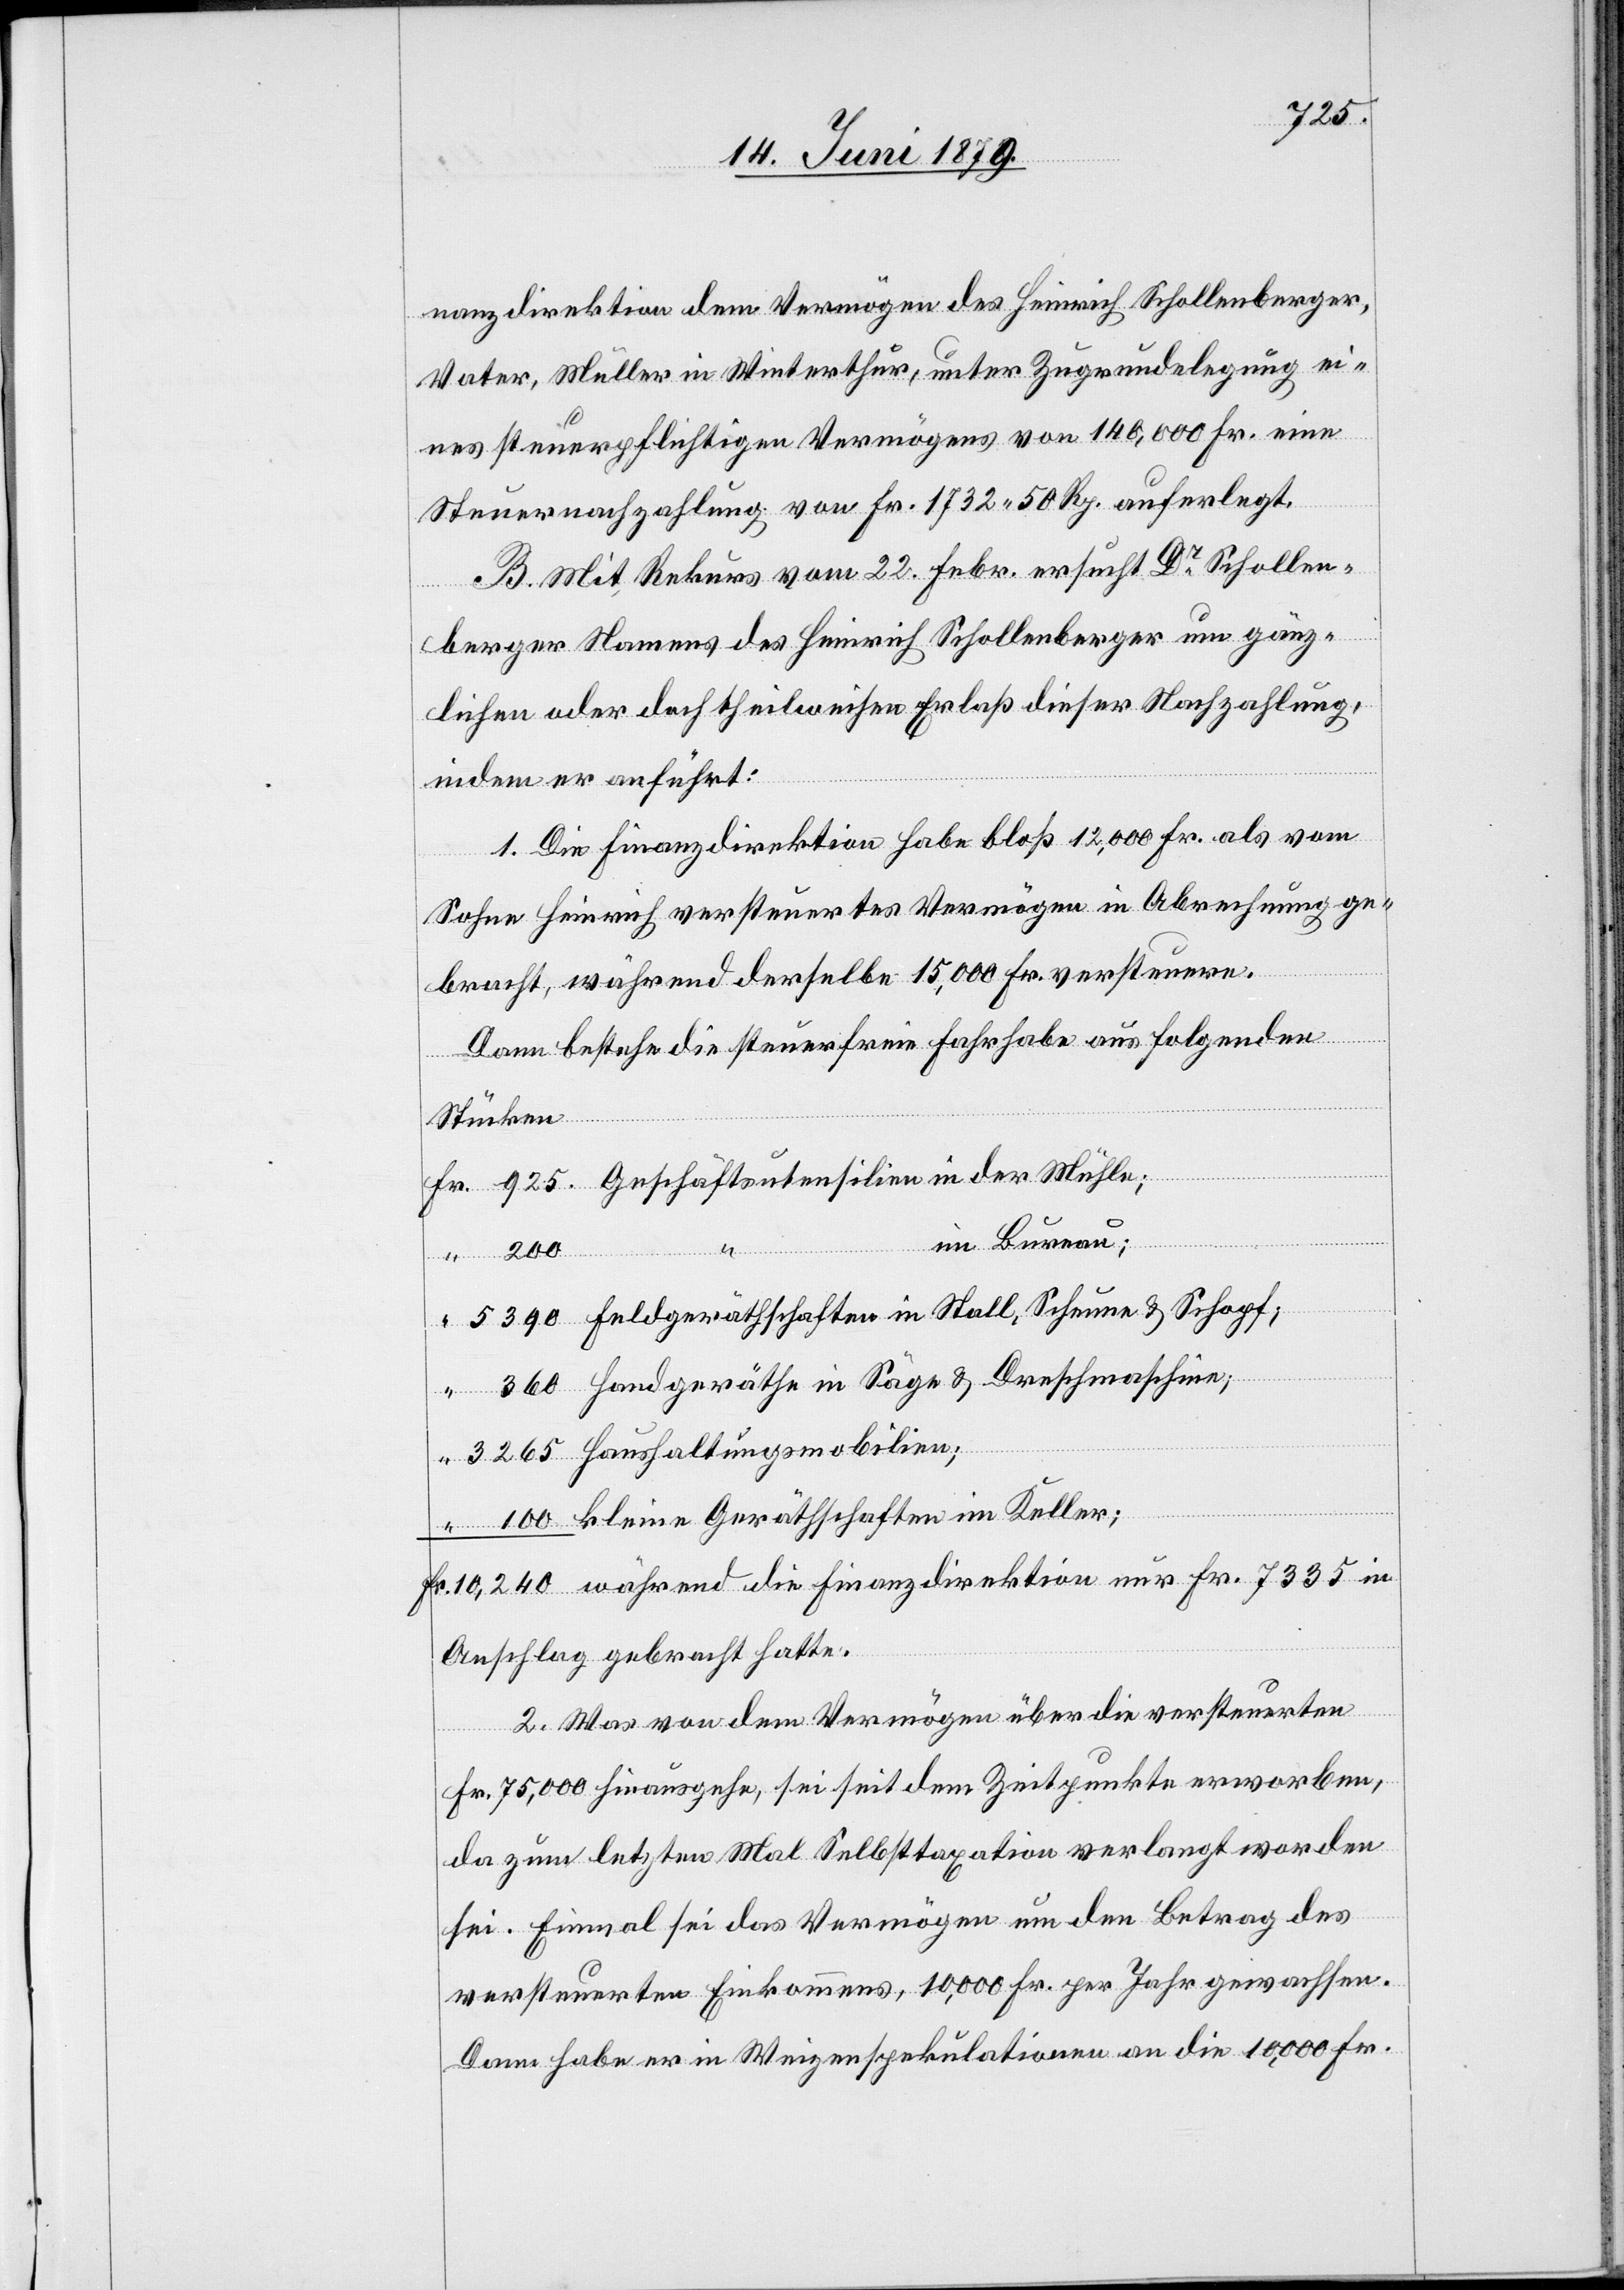
925.
nanzdirektion dem Vermögen des Heinrich Schollenberger,
Vater, Müller in Winterthur, unter Zugrundelegung ei¬
nes steuerpflichtigen Vermögens von 140,000 Fr. eine
Steuernachzahlung von Fr. 1732 50 Rp. auferlegt.
B. Mit Rekurs vom 22. Febr. ersucht Dr Schollen¬
berger Namens des Heinrich Schollenberger um gänz¬
lichen oder doch theilweisen Erlaß dieser Nachzahlung,
indem er anführt:
1. Die Finanzdirektion habe bloß 12,000 Fr. als vom
Sohne Heinrich versteuertes Vermögen in Abrechnung ge¬
bracht, während derselbe 15,000 Fr. versteuere.
Dann bestehe die steuerfreie Fahrhabe aus folgenden
die
Stücken
im Bureau;
Fr.
Haushaltungsmobilien;
kleine Geräthschaften im Keller;
Anschlag gebracht hatte.
2. Was von dem Vermögen über die versteuerten
Fr. 75,000 hinausgehe, sei seit dem Zeitpunkte erworben,
da zum letzten Mal Selbsttaxation verlangt worden
sei. Einmal sei das Vermögen um den Betrag des
versteuerten Einkommens, 10,000 Fr. per Jahr gewachsen.
Dann habe er in Weizenspekulationen an die 10,000 Fr.